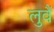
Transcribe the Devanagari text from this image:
लुवैं